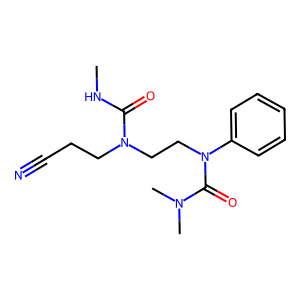
SMILES: CNC(=O)N(CCC#N)CCN(C(=O)N(C)C)c1ccccc1
Inhibits HIV replication: No